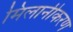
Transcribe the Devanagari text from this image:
मिलानीकरण